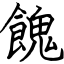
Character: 餽